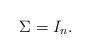
LaTeX: \begin{align*}\Sigma =I_{n}. \end{align*}